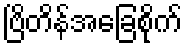
ဗြိတိန်အခြေစိုက်